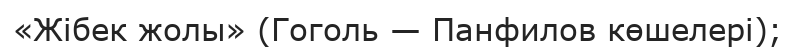
«Жібек жолы» (Гоголь — Панфилов көшелері);